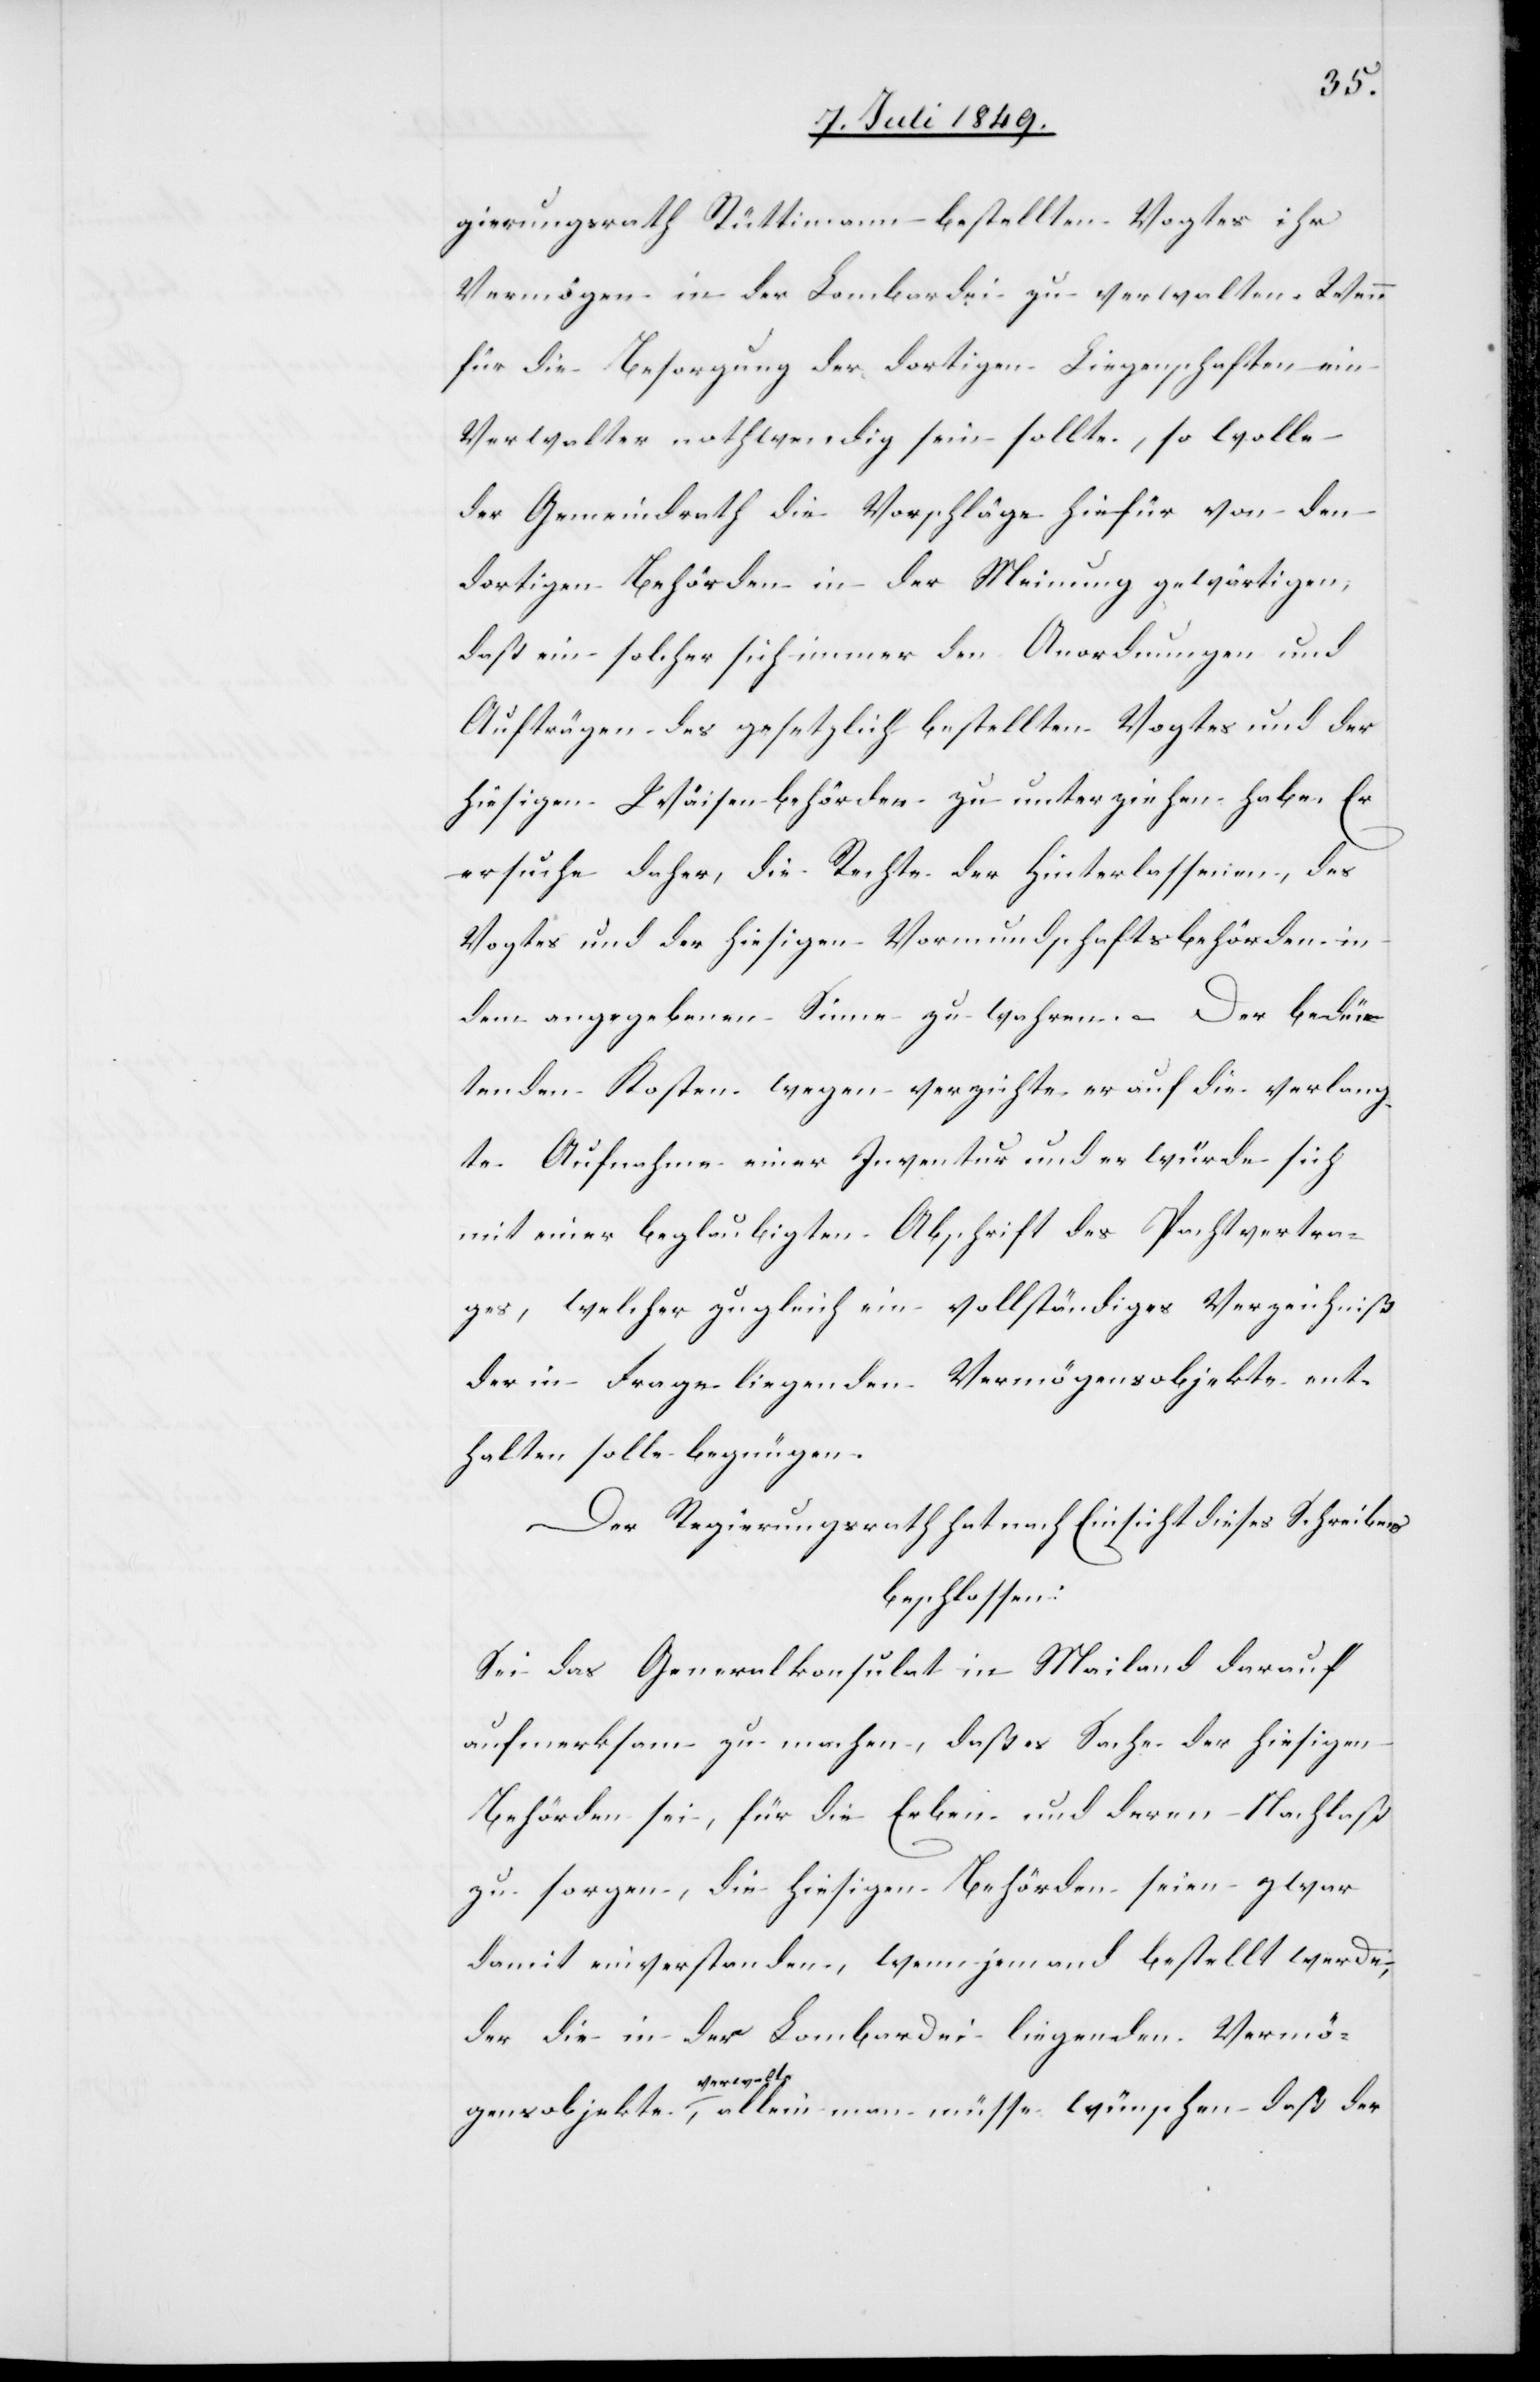
gierungsrath Rüttimann bestellten Vogtes ihr
Vermögen in der Lombardei zu verwalten. Wenn
für die Besorgung der dortigen Liegenschaften ein
Verwalter nothwendig sein sollte, so wolle
der Gemeindrath die Vorschläge hiefür von den
dortigen Behörden in der Meinung gewärtigen,
daß ein solcher sich immer den Anordnungen und
Aufträgen des gesetzlich bestellten Vogtes und der
hiesigen Waisenbehörden zu unterzeichnen habe. Er
ersuche daher, die Rechte der Hinterlassenen, des
Vogtes und der hiesigen Vormundschaftsbehörden in
dem angegebenen Sinne zu wahren. – Der bedeu¬
tenden Kosten wegen verzichte er auf die verlang¬
te Aufnahme einer Inventur und er würde sich
mit einer beglaubigten Abschrift des Pachtvertra¬
ges, welcher zugleich ein vollständiges Verzeichniß
der in Frage liegenden Vermögensobjekte ent¬
halten solle begnügen.
Der Regierungsrath hat nach Einsicht dieses Schreibens
beschlossen:
Sei das Generalkonsulat in Mailand darauf
aufmerksam zu machen, daß es Sache der hiesigen
Behörden sei, für die Erben und deren Nachlaß
zu sorgen, die hiesigen Behörden seien zwar
damit einverstanden, wenn jemand bestellt werde,
der die in der Lombardei liegenden Vermö¬
gensobjekte
a-verwalte-a, allein man müsse wünschen daß der